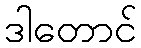
ဒါတောင်